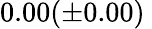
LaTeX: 0.00(\pm 0.00)\